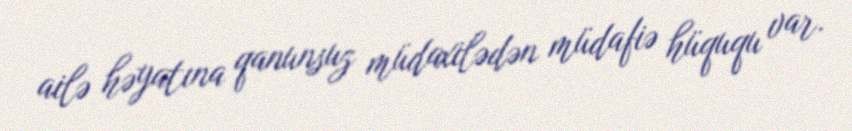
ailə həyatına qanunsuz müdaxilədən müdafiə hüququ var.